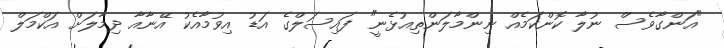
"އަންގާވެސް ނުލާ ކޮންކަމެއް ނިންމާލަންތިއުޅެނީ" ފައިސަލްގެ އަޑު އިވުމާއެކު އޭނާއާ ދިމާލަށް އަކްމަލް